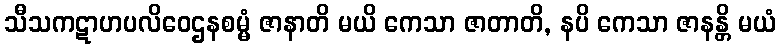
သီသကဋာဟပလိဝေဌနစမ္မံ ဇာနာတိ မယိ ကေသာ ဇာတာတိ, နပိ ကေသာ ဇာနန္တိ မယံ